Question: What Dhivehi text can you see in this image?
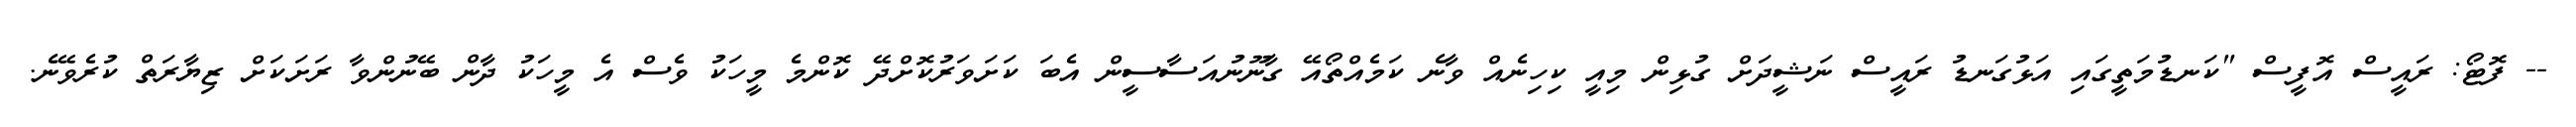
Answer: -- ފޮޓޯ: ރައީސް އޮފީސް "ކަނޑުމަތީގައި އަޅުގަނޑު ރައީސް ނަޝީދަށް ގުޅިން މިއީ ކިހިނެއް ވާނެ ކަމެއްތޯއޭ ގާނޫނުއަސާސީން އެބަ ކަށަވަރުކޮށްދޭ ކޮންމެ މީހަކު ވެސް އެ މީހަކު ދާން ބޭނުންވާ ރަށަކަށް ޒިޔާރަތް ކުރެވޭނެ.